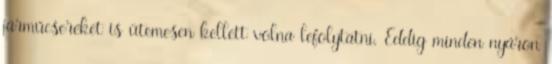
járműcseréket is ütemesen kellett volna lefolytatni. Eddig minden nyáron